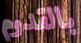
بالقدوم